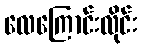
လေကြောင်းလိုင်း